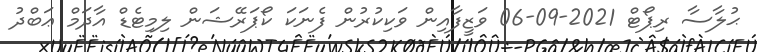
ޙުލާސާ ރިޕޯޓް 2021-09-06 ވަޒީފާއިން ވަކިކުރުން ފެނަކަ ކޯޕަރޭޝަން ލިމިޓެޑް އާދަމް ޢަބްދު